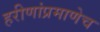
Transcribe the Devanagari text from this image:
हरीणांप्रमाणेच